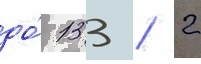
до́ 133 / 2